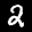
Label: 2